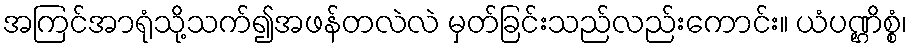
အကြင်အာရုံသို့သက်၍အဖန်တလဲလဲ မှတ်ခြင်းသည်လည်းကောင်း။ ယံပဏ္ဌိစ္စံ၊